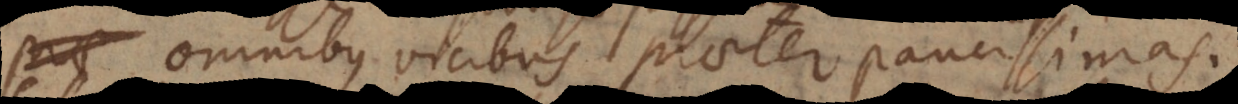
omnibus vicibus praeter paucissimas.